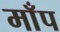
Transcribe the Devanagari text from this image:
माँप